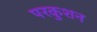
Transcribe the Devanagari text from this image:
परकुशन